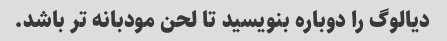
دیالوگ را دوباره بنویسید تا لحن مودبانه تر باشد.